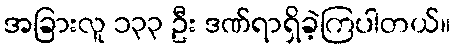
အခြားလူ ၁၃၃ ဦး ဒဏ်ရာရှိခဲ့ကြပါတယ်။